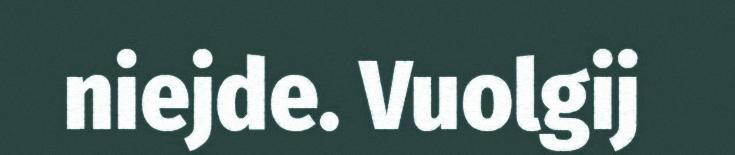
niejde. Vuolgij